Jaan_Tonisson_(Lasteleht), lk 146
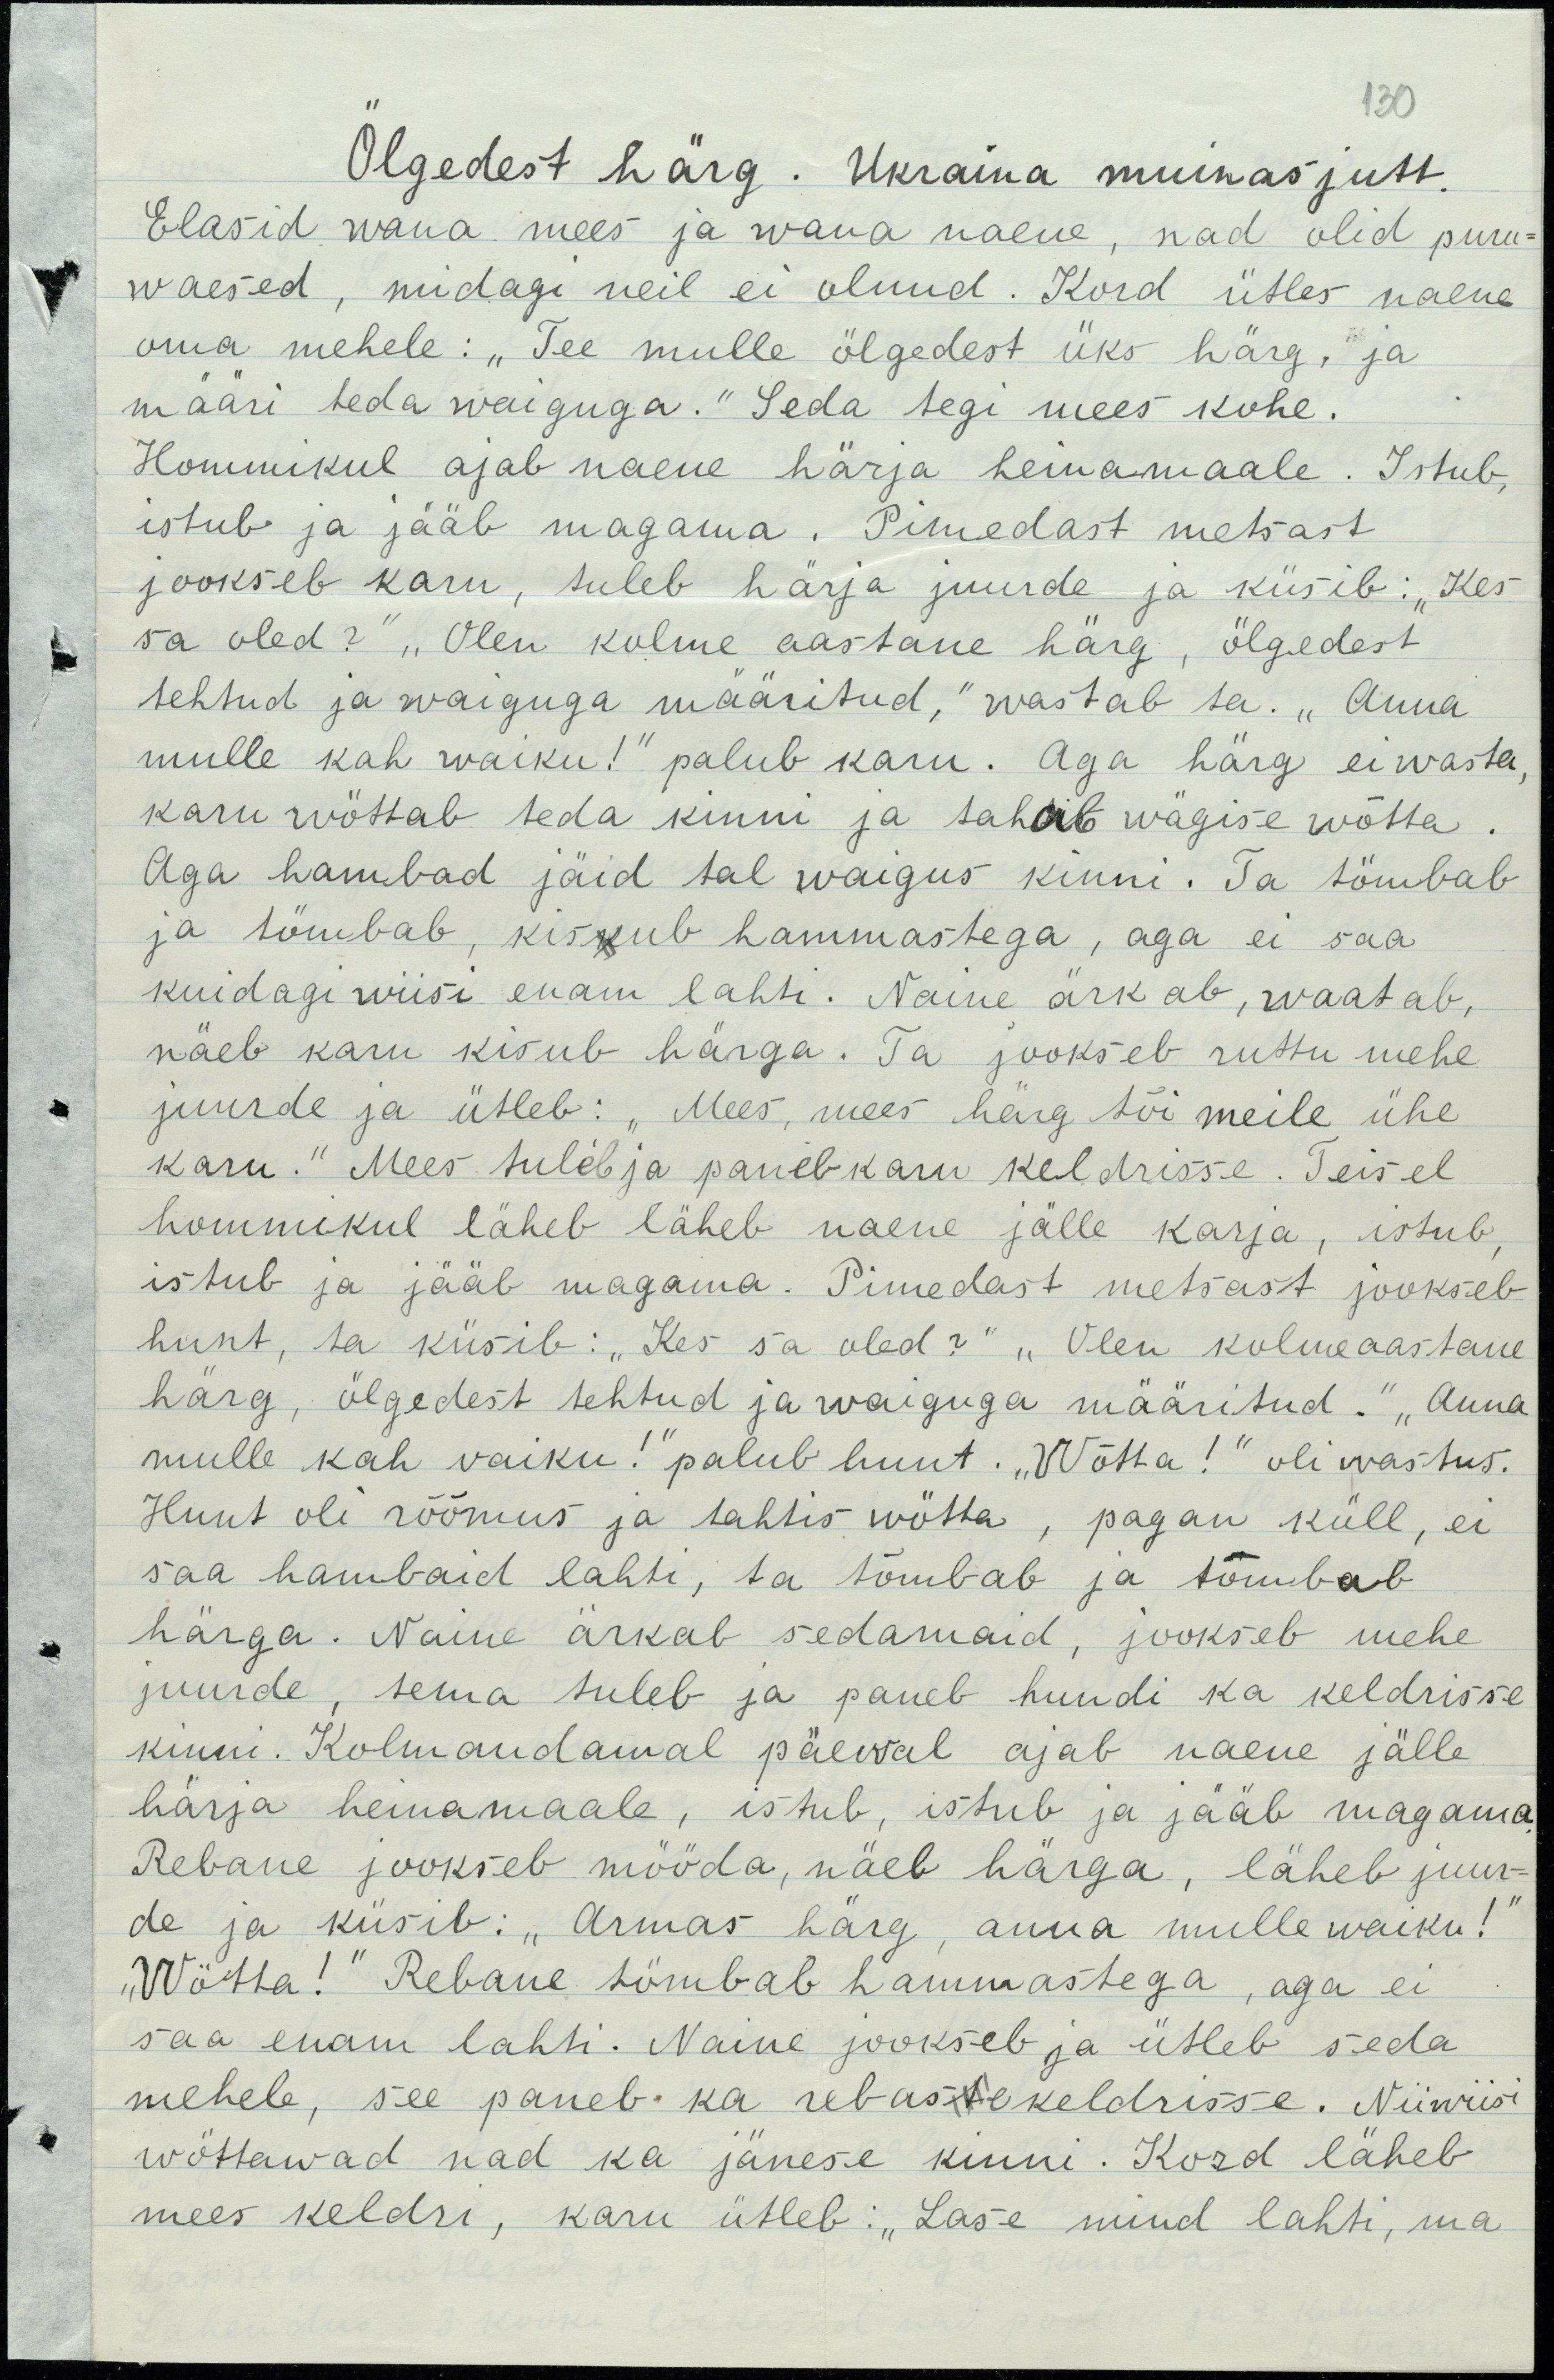
130
Ölgedest härg. Ukrania muinasjutt.
Elasid wana mees ja wana naene, nad olid puru-
waesed, midagi neil ei olnud. Kord ütles naene
oma mehele: „Tee mulle ölgedest üks härg, ja
määri teda waiguga.“ Seda tegi mees kohe.
Hommikul ajab naene härja heinamaale. Istub,
istub ja jääb magama. Pimedast metsast
jookseb karu, tuleb härja juurde ja küsib: „Kes
sa oled?“ „Olen kolme aastane härg, ölgedest
tehtud ja waiguga määritud,“ wastab ta. „Anna
mulle kah waiku!“ palub karu. Aga härg ei wasta,
karu wöttab teda kinni ja tahab wägise wõtta.
Aga hambad jäid tal waigus kinni. Ta tömbab
ja tömbab, kissub hammastega, aga ei saa
kuidagi wiisi enam lahti. Naine ärkab, waatab,
näeb karu kisub härga. Ta jookseb ruttu mehe
juurde ja ütleb: „Mees, mees härg tõi meile ühe
karu.“ Mees tuleb ja paneb karu keldrisse. Teisel
hommikul läheb läheb naene jälle karja, istub,
istub ja jääb magama. Pimedast metsast jookseb
hunt, ta küsib: „Kes sa oled?“ „Olen kolmeaastane
härg, ölgedest tehtud ja waiguga määritud.“ „Anna
mulle kah waiku!“ palub hunt. „Wõtta!“ oli wastus.
Hunt oli rõõmus ja tahtis wötta, pagan küll, et
saa hambaid lahti, ta tõmbab ja tõmbab
härga. Naine ärkab sedamaid, jookseb mehe
juurde, tema tuleb ja paneb hundi ka keldrisse
kinni. Kolmandamal päewal ajab naene jälle
härja heinamaale, istub, istub ja jääb magama.
Rebane jookseb mööda, näeb härga, läheb juur-
de ja küsib: „Armas härg, anna mulle waiku!“
„Wötta!“ Rebane tömbab hammastega, aga ei
saa enam lahti. Naine jookseb ja ütleb seda
mehele, see paneb ka rebastekeldrisse. Niiwiisi
wöttawad nad ka jänese kinni. Kord läheb
mees keldri, karu ütleb: „Lase mind lahti, ma